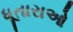
ધૂતારાઓ